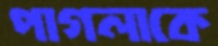
পাগলাকে